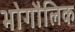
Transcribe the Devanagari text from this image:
भोगौलिक